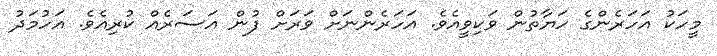
މީހަކު އަހަރެންގެ ހަޔާތުން ވަކިވީއެވެ. އަހަރެންނަށް ވަރަށް ފުން އަސަރެއް ކުރިއެވެ. އަހުމަދު